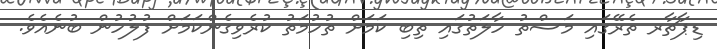
ޑިޕާޗާރ ތެރޭގައި މަސްތު ހާލަތުގައި ތިބި ކަމަށް ތުހުމަތު ކުރެވިގެންކަމަށް ފުލުހުން ބުނެއެވެ.